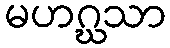
မဟဂ္ဃသာ